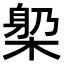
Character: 𣕼